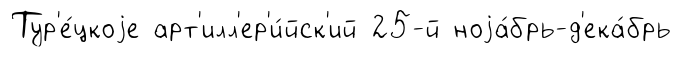
Тур'е́цкоjе арт'илл'ер'и́йск'ий 25-й ноjа́брь-д'ека́брь